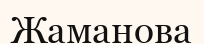
Жаманова